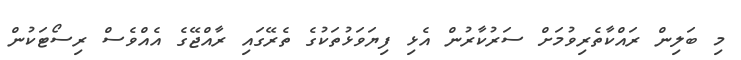
މި ބަލިން ރައްކާތެރިވުމަށް ސަރުކާރުން އެޅި ފިޔަވަޅުތަކުގެ ތެރޭގައި ރާއްޖޭގެ އެއްވެސް ރިސޯޓަކުން